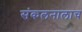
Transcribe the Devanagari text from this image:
संकलनालाच